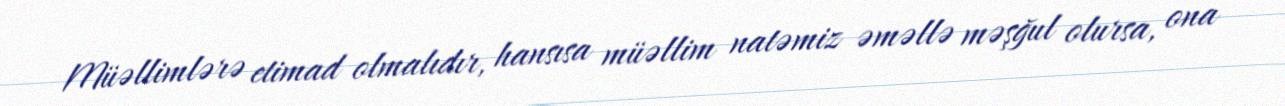
Müəllimlərə etimad olmalıdır, hansısa müəllim natəmiz əməllə məşğul olursa, ona